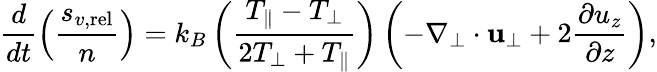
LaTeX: \frac{d}{dt}\left(\frac{s_{v,\mathrm{rel}}}{n}\right)=k_{B}\left(\frac{T_{\parallel}-T_{\perp}}{2T_{\perp}+T_{\parallel}}\right)\left(-\nabla_{\perp}\cdot{\mathbf u}_{\perp}+2\frac{\partial u_{z}}{\partial z}\right),